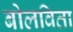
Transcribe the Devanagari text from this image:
बोलविता